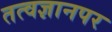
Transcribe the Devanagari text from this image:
तत्वज्ञानपर